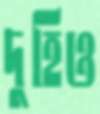
দুহিও